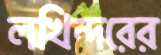
লখিন্দরের